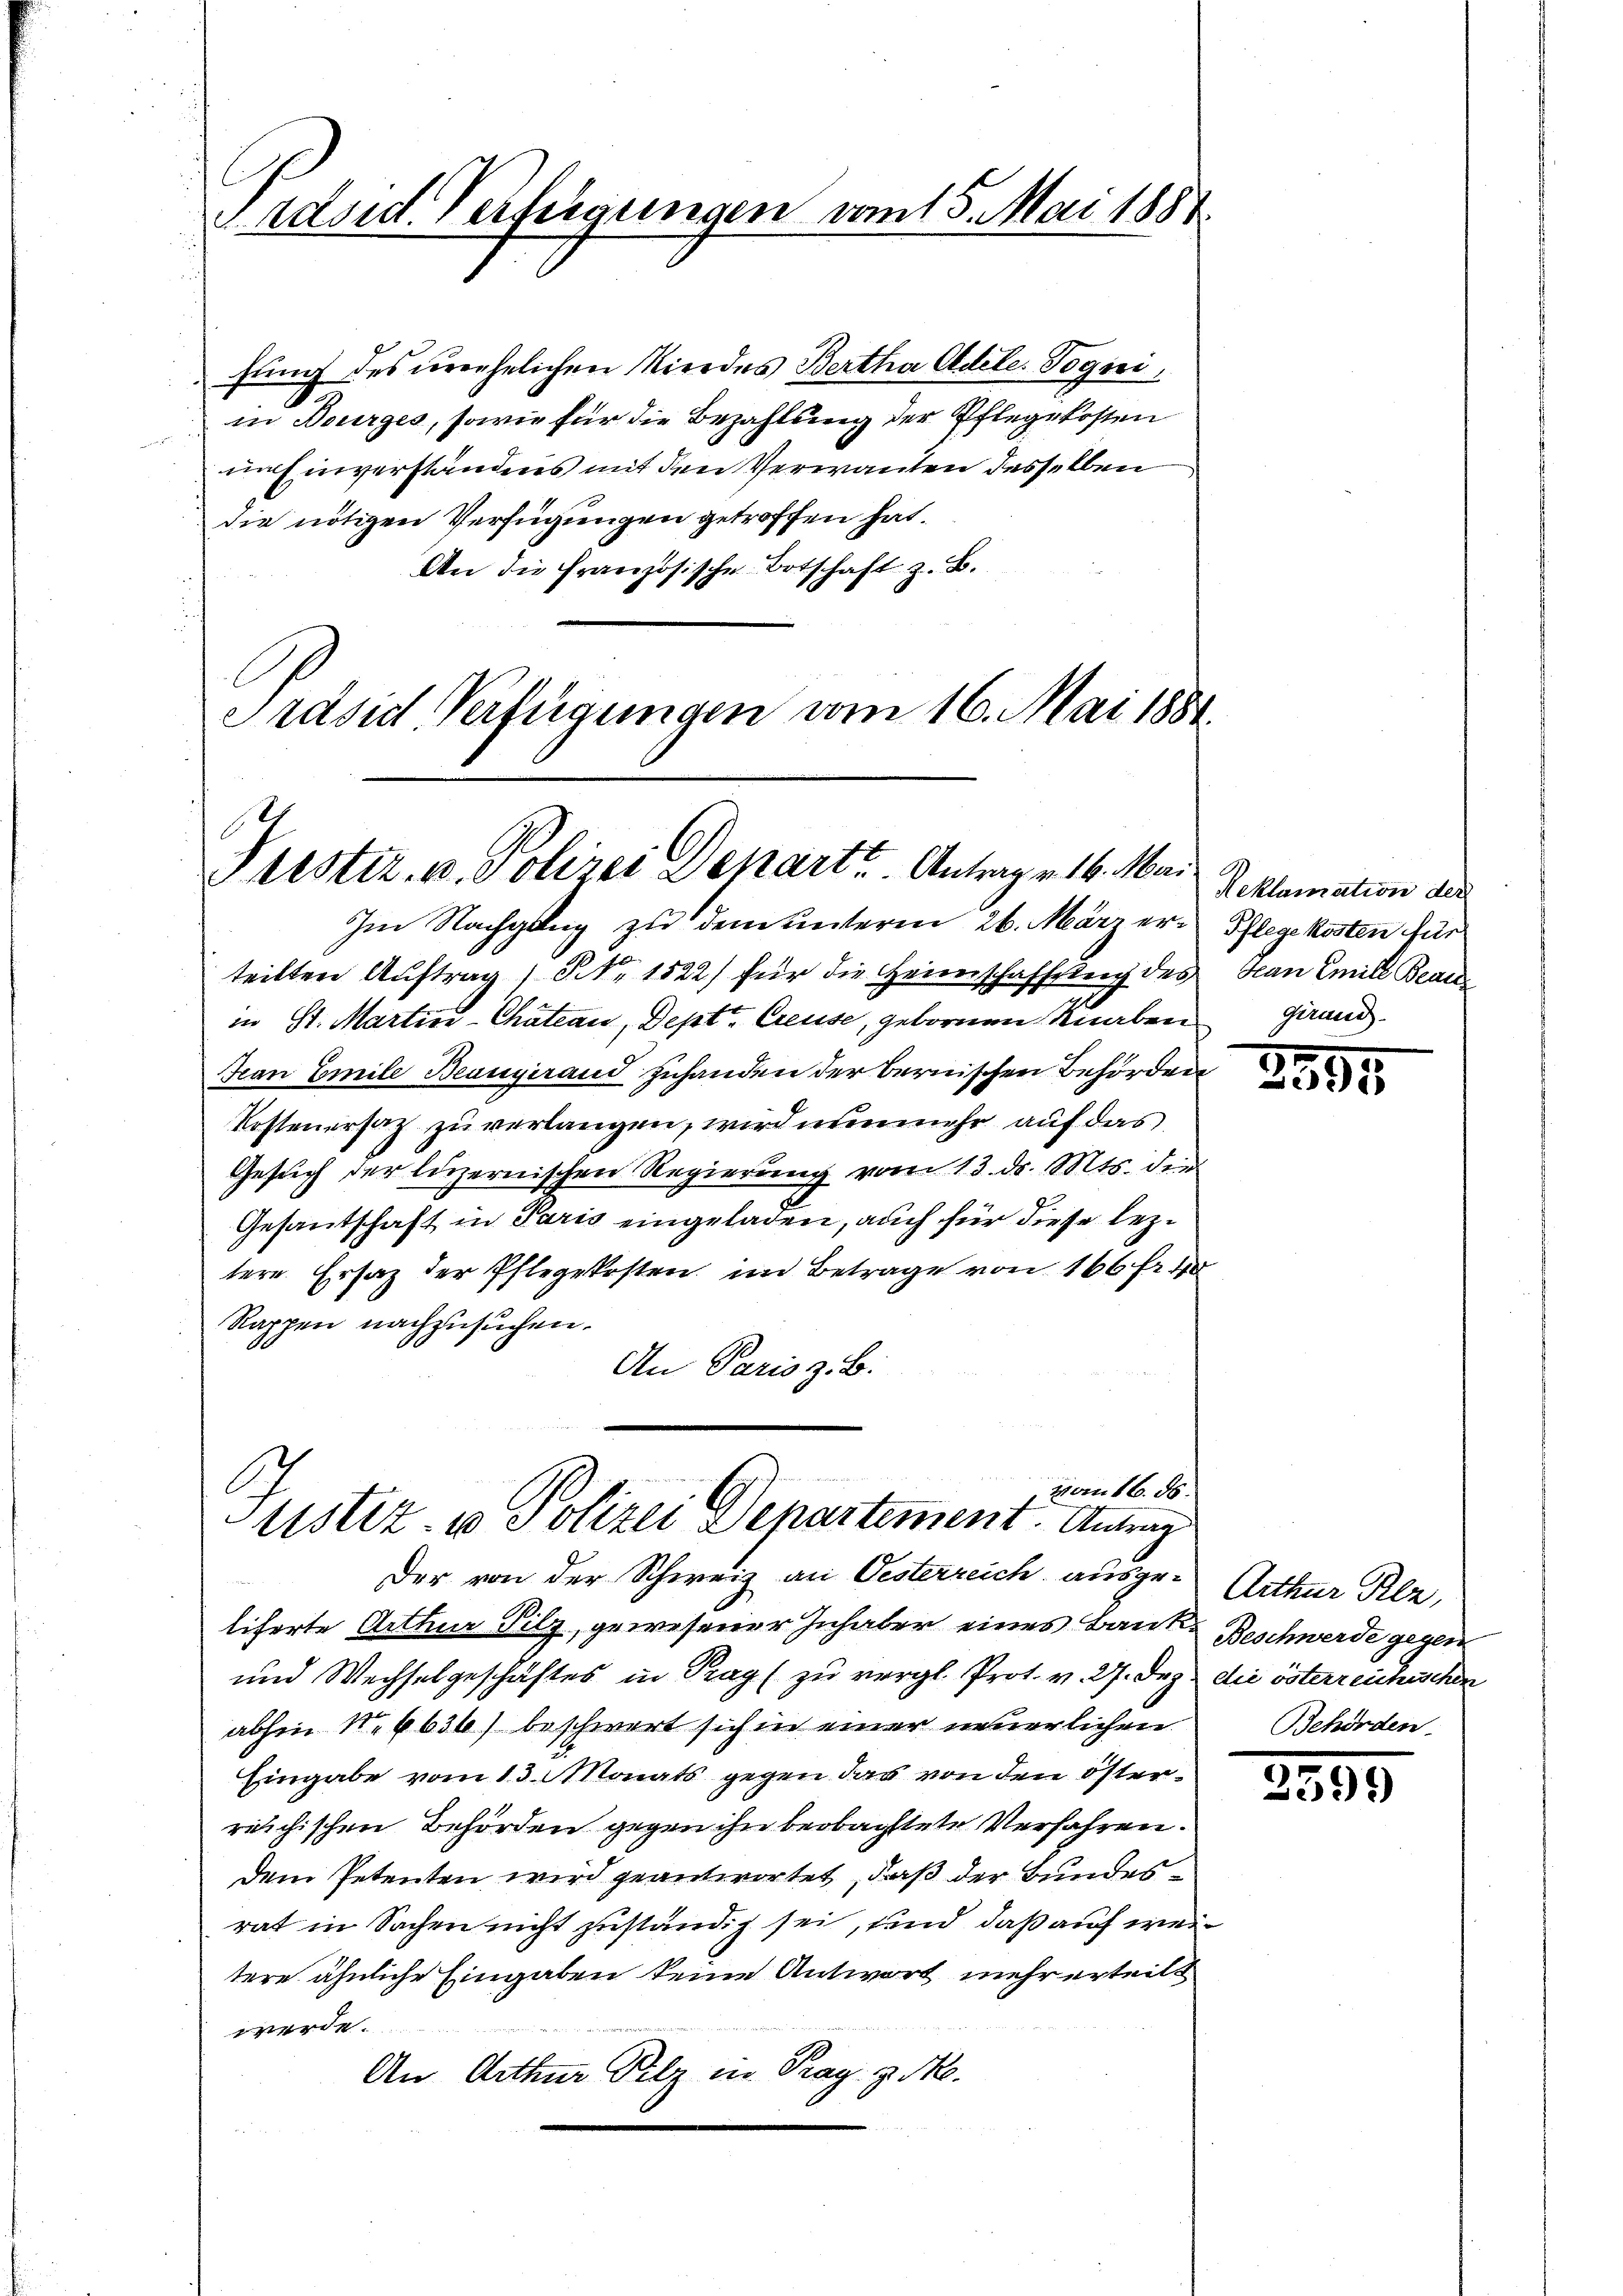
C
dord. Verfügungen vom 15. Mai 1881

hung des unehelichen Niedes Bertha Aldete. Pogni
in Bourges, sowie für die Bezahlung der Pflegekosten
um Einverständnis mit den Verwanten desselben
die nötigen Verfügungen getroffen hat.
An die Französische Botschaft z. B.
Präsid. Verfügungen vom 16. Mai 1881.

Prestiz- u. Polizei Depart. Antrag v. 16. Mai
Im Nachgang zu dem unterm 26. März er Pflegekosten für

Den 16. d.
tistiz- u Polizei Departement. Antrag

teilten Auftrag) Nr. 1522) für die Heimschaftsleich des Hau Emill Beau
in St. Martine-Chateau, Deptt Creuse, gebornen Knaben garand
Fan Emile Beaugurand zuhanden der bernischen Behörden
Kostenersatz zu verlangen, wird nunmehr auf das
Gesuch der luzernischen Regierung vom 13. dr. Mts. die
Gesantschaft in Paris eingeladen, auch für diese leztere Ersatz der Pflegekosten im Betrage von 166 fr. 40
Rappen nachzusuchen.
An Paris z. B.

Der von der Schweiz an Oesterreich ausge-Arthur Kle
licherte Arthur Silz, gewesener Inhaber eines Baute Beschwerde gegen
und Wechselgeschäftes in Prag zu vergl. Prot. v. 27. Dez. die österreichischen
abhin N. 6636) beschwert sich in einer neuerlichen
Eingabe vom 13. Monats gegen das von den österreichischen Behörden gegen ihn beobachtete Verfahren.
dem Petenten wird geantwortet, daß der Bundesrat in Sachen nicht zuständig sei, und daß auf weitere ähnliche Eingaben keine Antwort mehr erteilt
werde.
An Arthur Pilz in Prag. v. M.

Reklamation der

2595

Behörden.

59